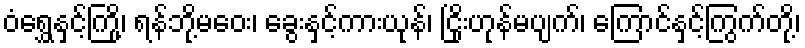
ဝံရွှေနှင့်ကြို့၊ ရန်ဘို့မဝေး၊ ခွေးနှင့်ကားယုန်၊ ငြိုးဟုန်မပျက်၊ ကြောင်နှင့်ကြွက်တို့၊